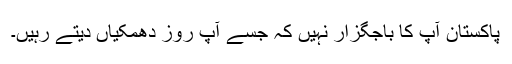
پاکستان آپ کا باجگزار نہیں کہ جسے آپ روز دھمکیاں دیتے رہیں۔